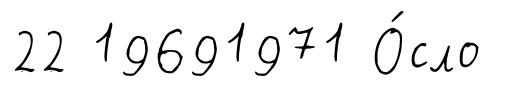
22 19691971 О́сло